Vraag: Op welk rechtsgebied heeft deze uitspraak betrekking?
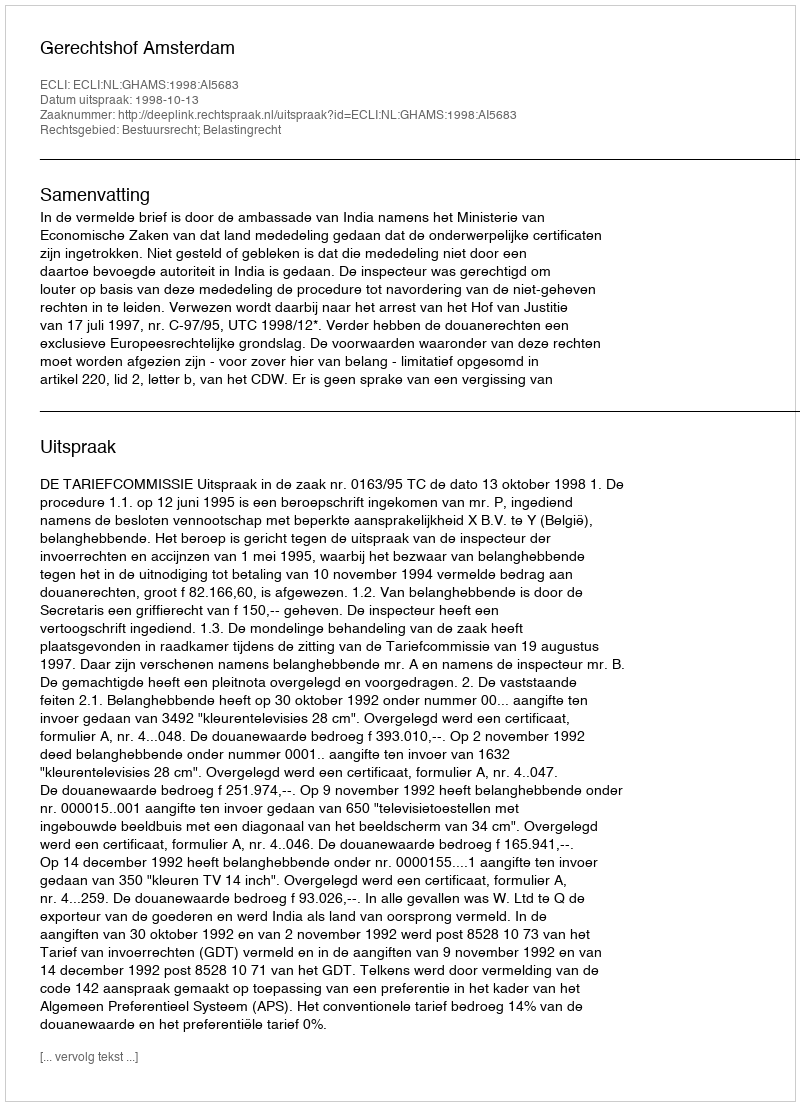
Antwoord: Bestuursrecht; Belastingrecht